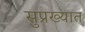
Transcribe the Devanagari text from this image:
सुप्रख्यात